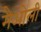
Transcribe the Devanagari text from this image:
मैओली